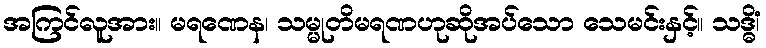
အကြင်လူအား။ မရဏေန၊ သမ္မုတိမရဏဟုဆိုအပ်သော သေမင်းနှင့်။ သဒ္ဓိံ၊